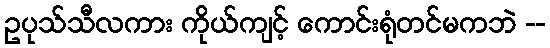
ဥပုသ်သီလကား ကိုယ်ကျင့် ကောင်းရုံတင်မကဘဲ --